Tartu_pedagoogiumi_aruanded, lk 11
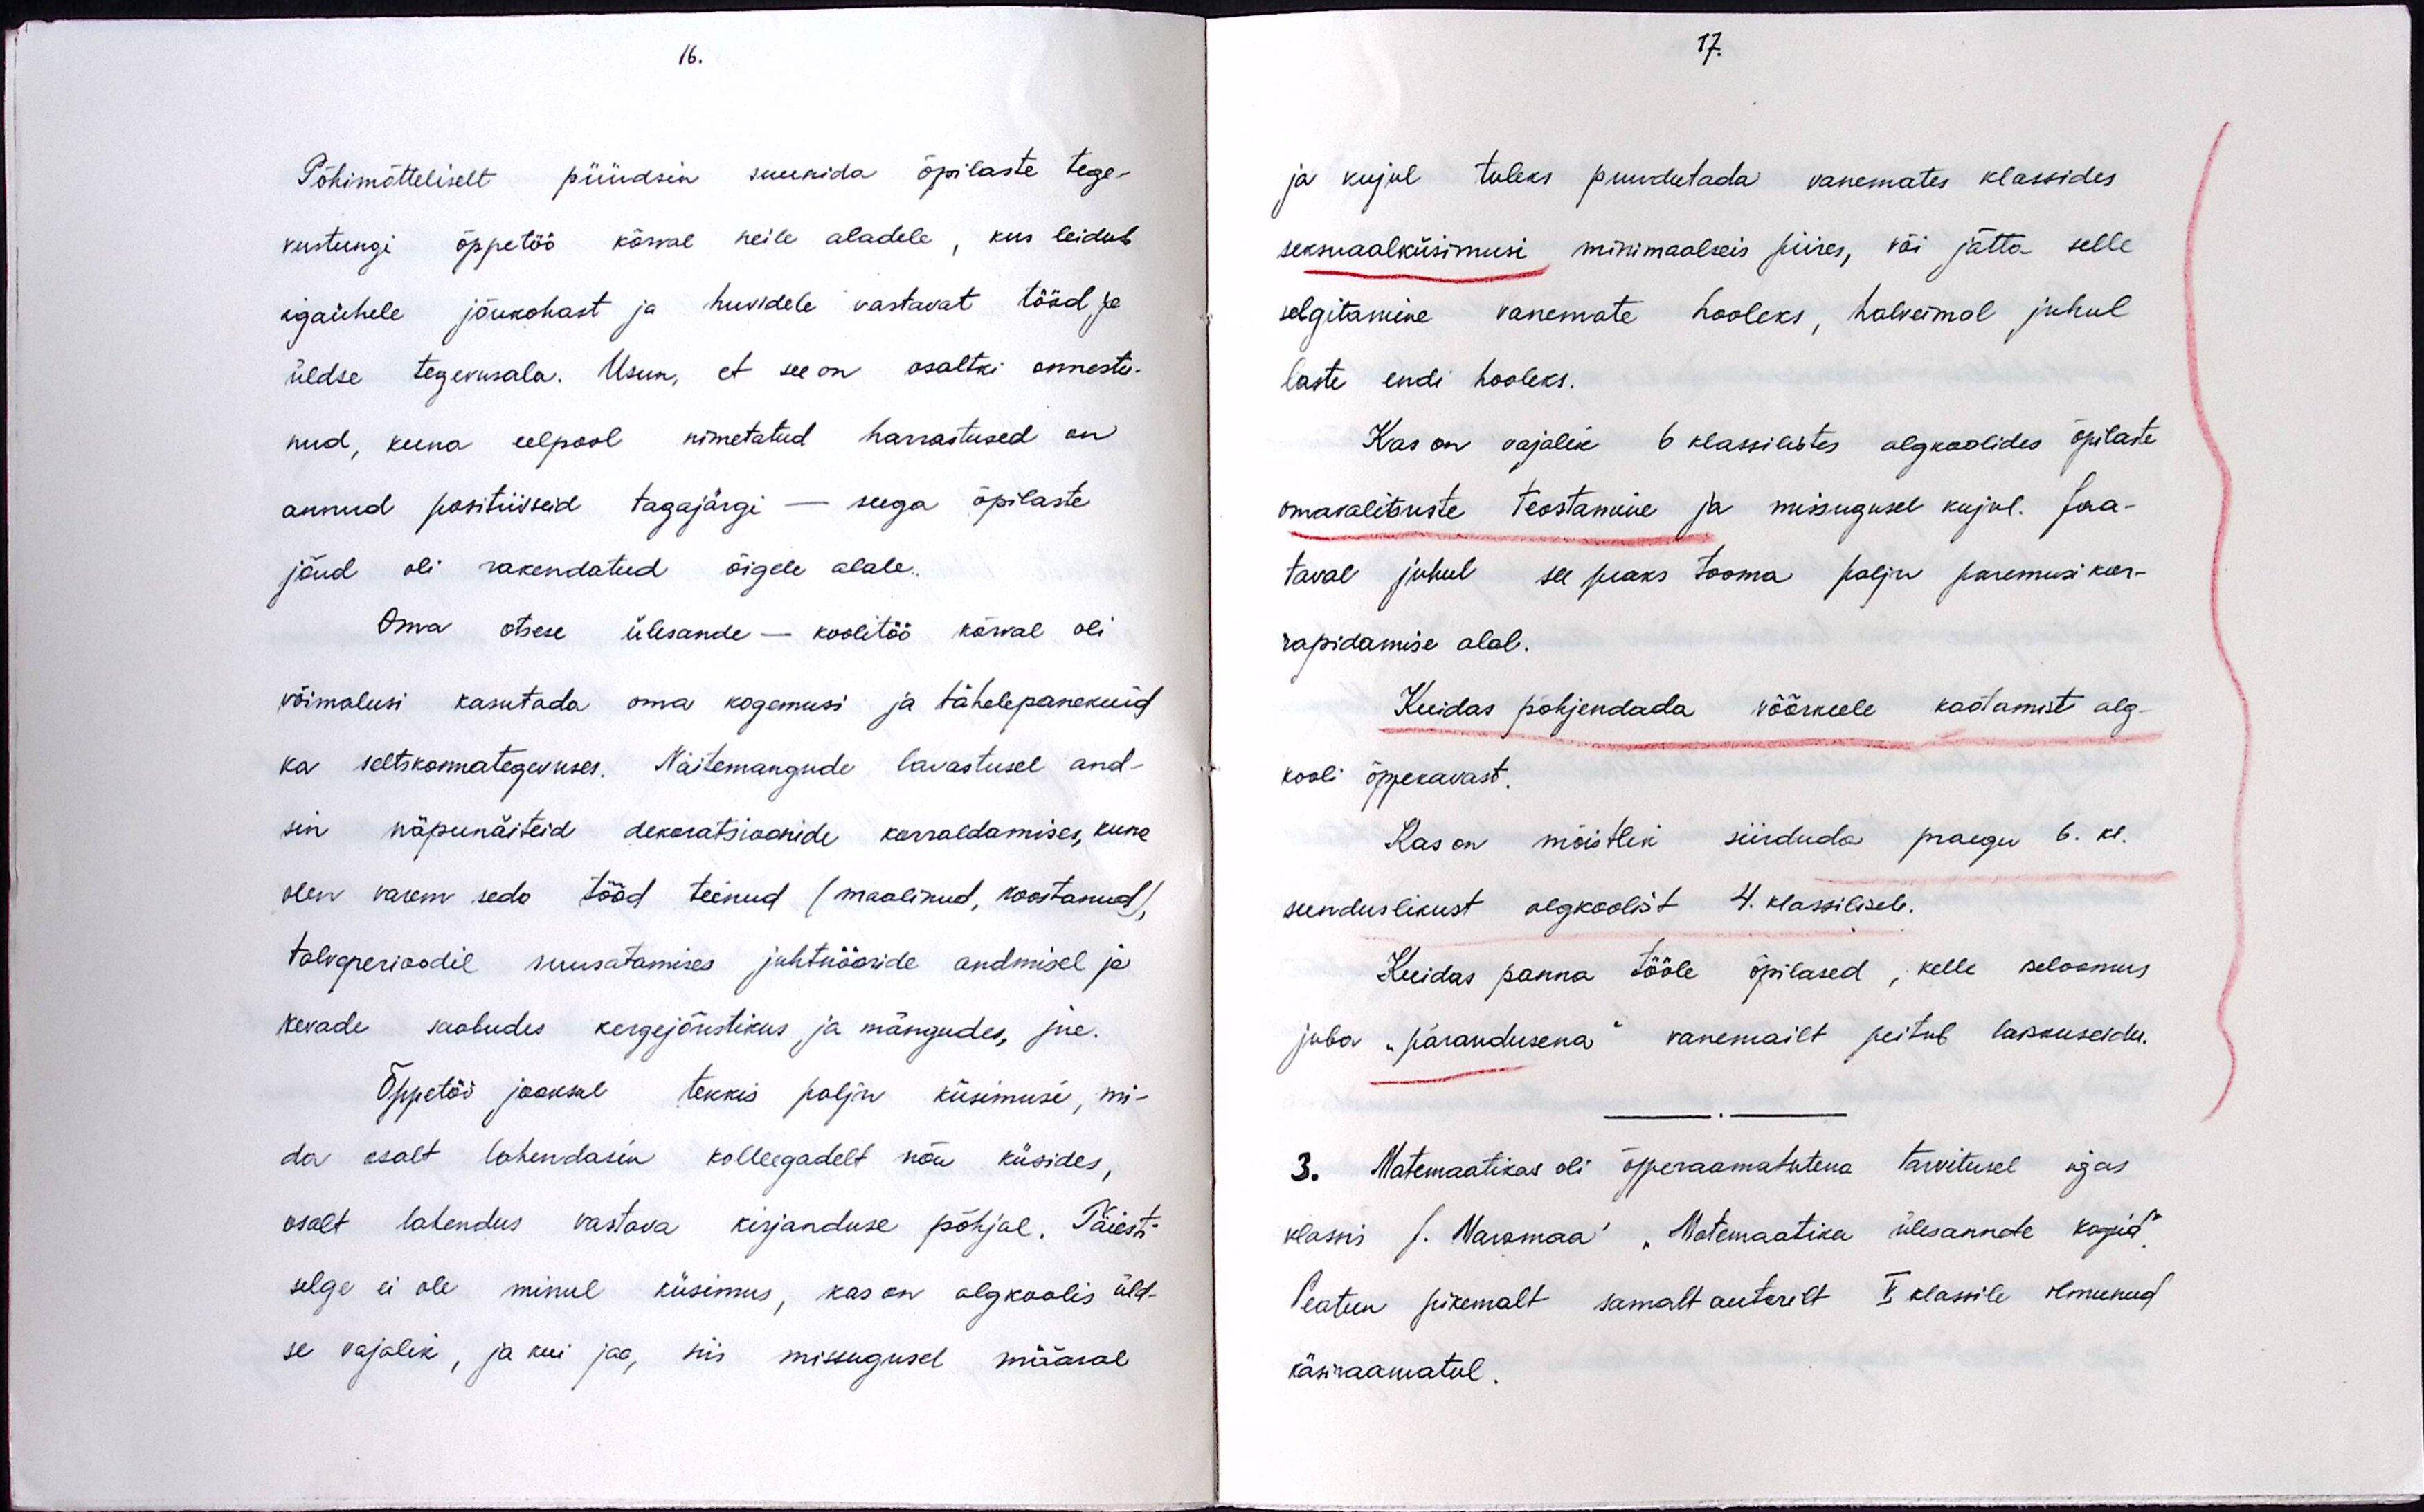
16.

Põhimõtteliselt püüdsin suunida õpilaste tege-
vustungi õppetöö kõrval neile aladele, kus leidub
igaühele jõukohast ja huvidele vastavat tööd ja
üldse tegevusala. Usun, et see on osaltki onnestu-
nud, kuna eelpool nimetatud harrastused on
annud positiivseid tagajärgi - seega õpilaste
jõud oli rakendatud õigele alale.
Oma otsese ülesande - koolitöö kõrval oli
võimalusi kasutada oma kogemusi ja tähelepanekuid
ka seltskonnategevuses. Näitemangude lavastusel and-
sin näpunäiteid dekoratsioonide korraldamises, kuna
olen varem seda tööd teinud (maalinud, koostanud),
talveperioodil suusatamises juhtnööride andmisel ja
kevade saabudes kergejõustikus ja mängudes, jne.
Õppetöö jooksul tekkis palju küsimuse, mi-
da osalt lahendasin kolleegadelt nõu küsides,
osalt lahendus vastava kirjanduse põhjal. Täiesti
selge ei ole minul küsimus, kas on algkoolis üld-
se vajalik, ja kui jaa, siis missugusel määral

17.

ja kujul tuleks puudutada vanemates klassides
seksuaalküsimusi minimaalseis piires, või jätta selle
selgitamine vanemate hooleks, halveimal juhul
laste endi hooleks.
Kas on vajalik 6 klassilistes algkoolides õpilaste
omavalitsuste teostamine ja missugusel kujul. Jaa-
taval juhul see peaks tooma palju paremusi kor-
rapidamise alal.
Kuidas põhjendada võõrkeele kaotamist alg-
kooli õppekavast.
Kas on mõistlik siirduda praegu 6. kl.
sunduslikust algkoolist 4. klassilisele.
Kuidas panna tööle õpilased, kelle iseloomus
juba "pärandusena" vanemailt peitub laiskuseidu.
3. Matemaatikas oli õpperaamatutena tarvitusel igas
klassis J. Маramaa" "Matemaatika ülesannete koguid".
Peatun pikemalt samalt autorilt V. klassile ilmunud
käsiraamatul.